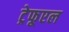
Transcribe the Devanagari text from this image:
ट्रेफूएल